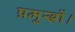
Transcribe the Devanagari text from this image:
प्रमुखों।